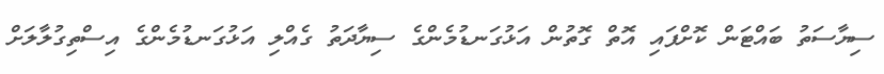
ސިޔާސަތު ބައްޓަން ކޮށްފައި އޮތް ގޮތުން އަޅުގަނޑުމެންގެ ސިޔާދަތު ގެއްލި އަޅުގަނޑުމެންގެ އިސްތިގުލާލަށް